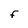
Character: F